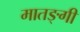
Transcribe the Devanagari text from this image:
मातङ्गी